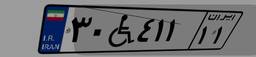
۳۰W۴۱۱۱۱